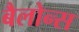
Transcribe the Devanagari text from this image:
बैलोन्स